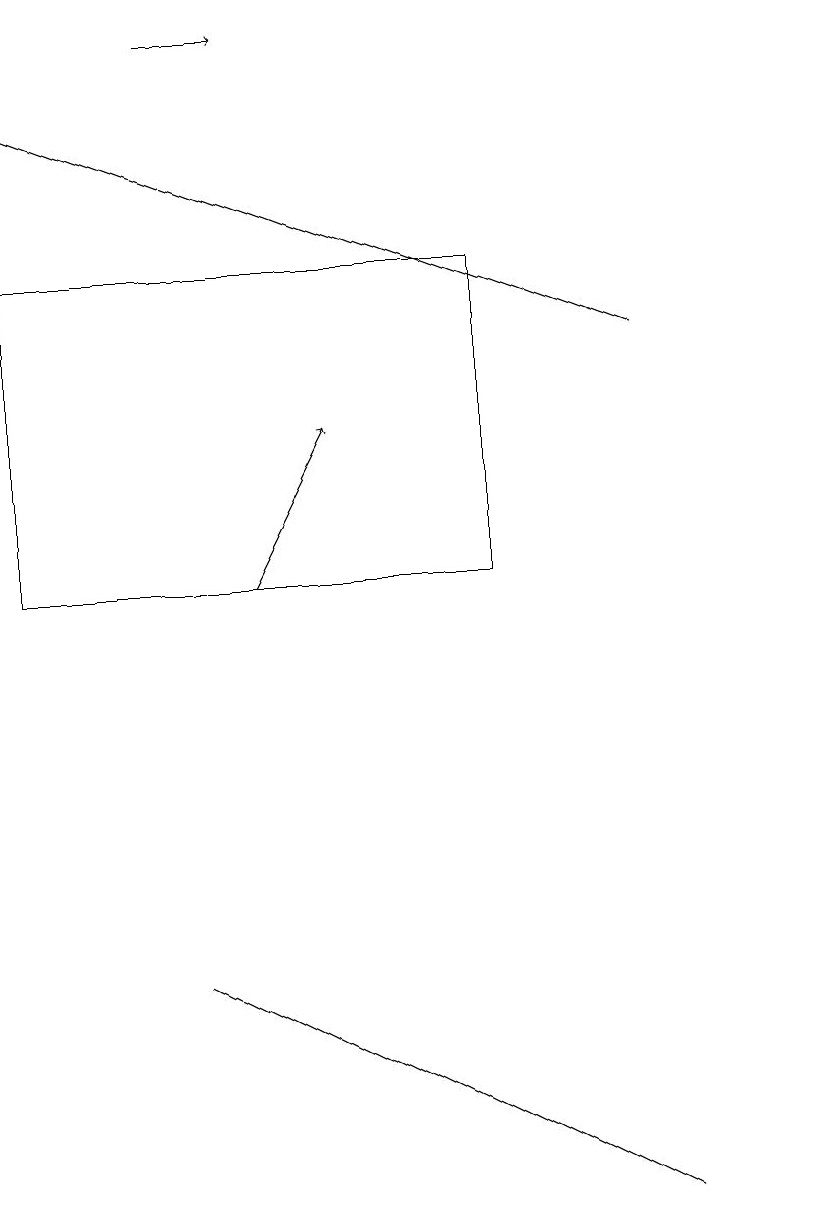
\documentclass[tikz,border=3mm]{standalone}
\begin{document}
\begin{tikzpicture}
\draw (1,10) rectangle (7,14);
\draw (11,10) circle (0);
\draw (1,12) rectangle (1,10);
\draw[->] (3,17) -- (4,17);
\draw (7,3) -- (3,5) -- (9,2) -- cycle;
\draw[->] (9,13) -- (1,16);
\draw[->] (4,10) -- (5,12);
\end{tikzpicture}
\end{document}